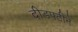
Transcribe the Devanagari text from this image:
दीडपटीने